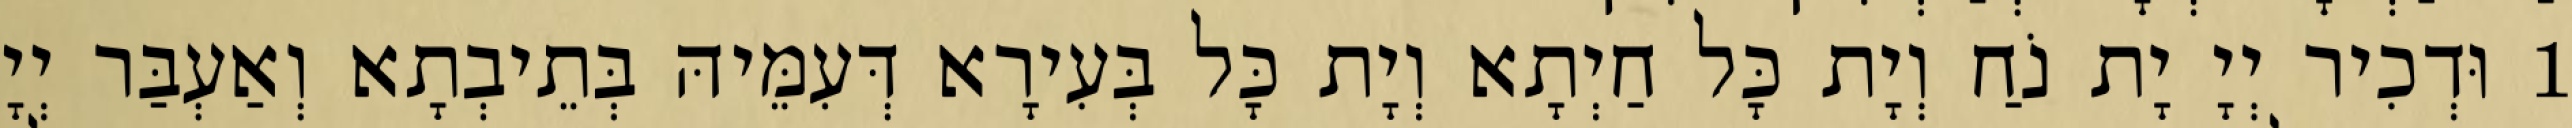
1 וּדְכִיר יְיָ יָת נֹחַ וְיָת כָּל חַיְתָא וְיָת כָּל בְּעִירָא דְּעִמֵּיהּ בְּתֵיבְתָא וְאַעְבַּר יְיָ